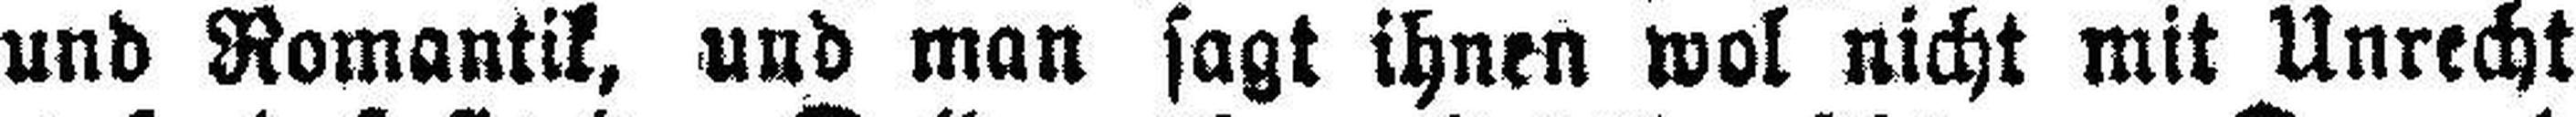
und Romantik, und man sagt ihnen wol nicht mit Unrecht